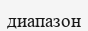
диапазон